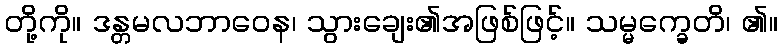
တို့ကို။ ဒန္တမလဘာဝေန၊ သွားချေး၏အဖြစ်ဖြင့်။ သမ္မက္ခေတိ၊ ၏။